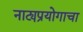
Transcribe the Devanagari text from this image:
नाट्यप्रयोगाचा